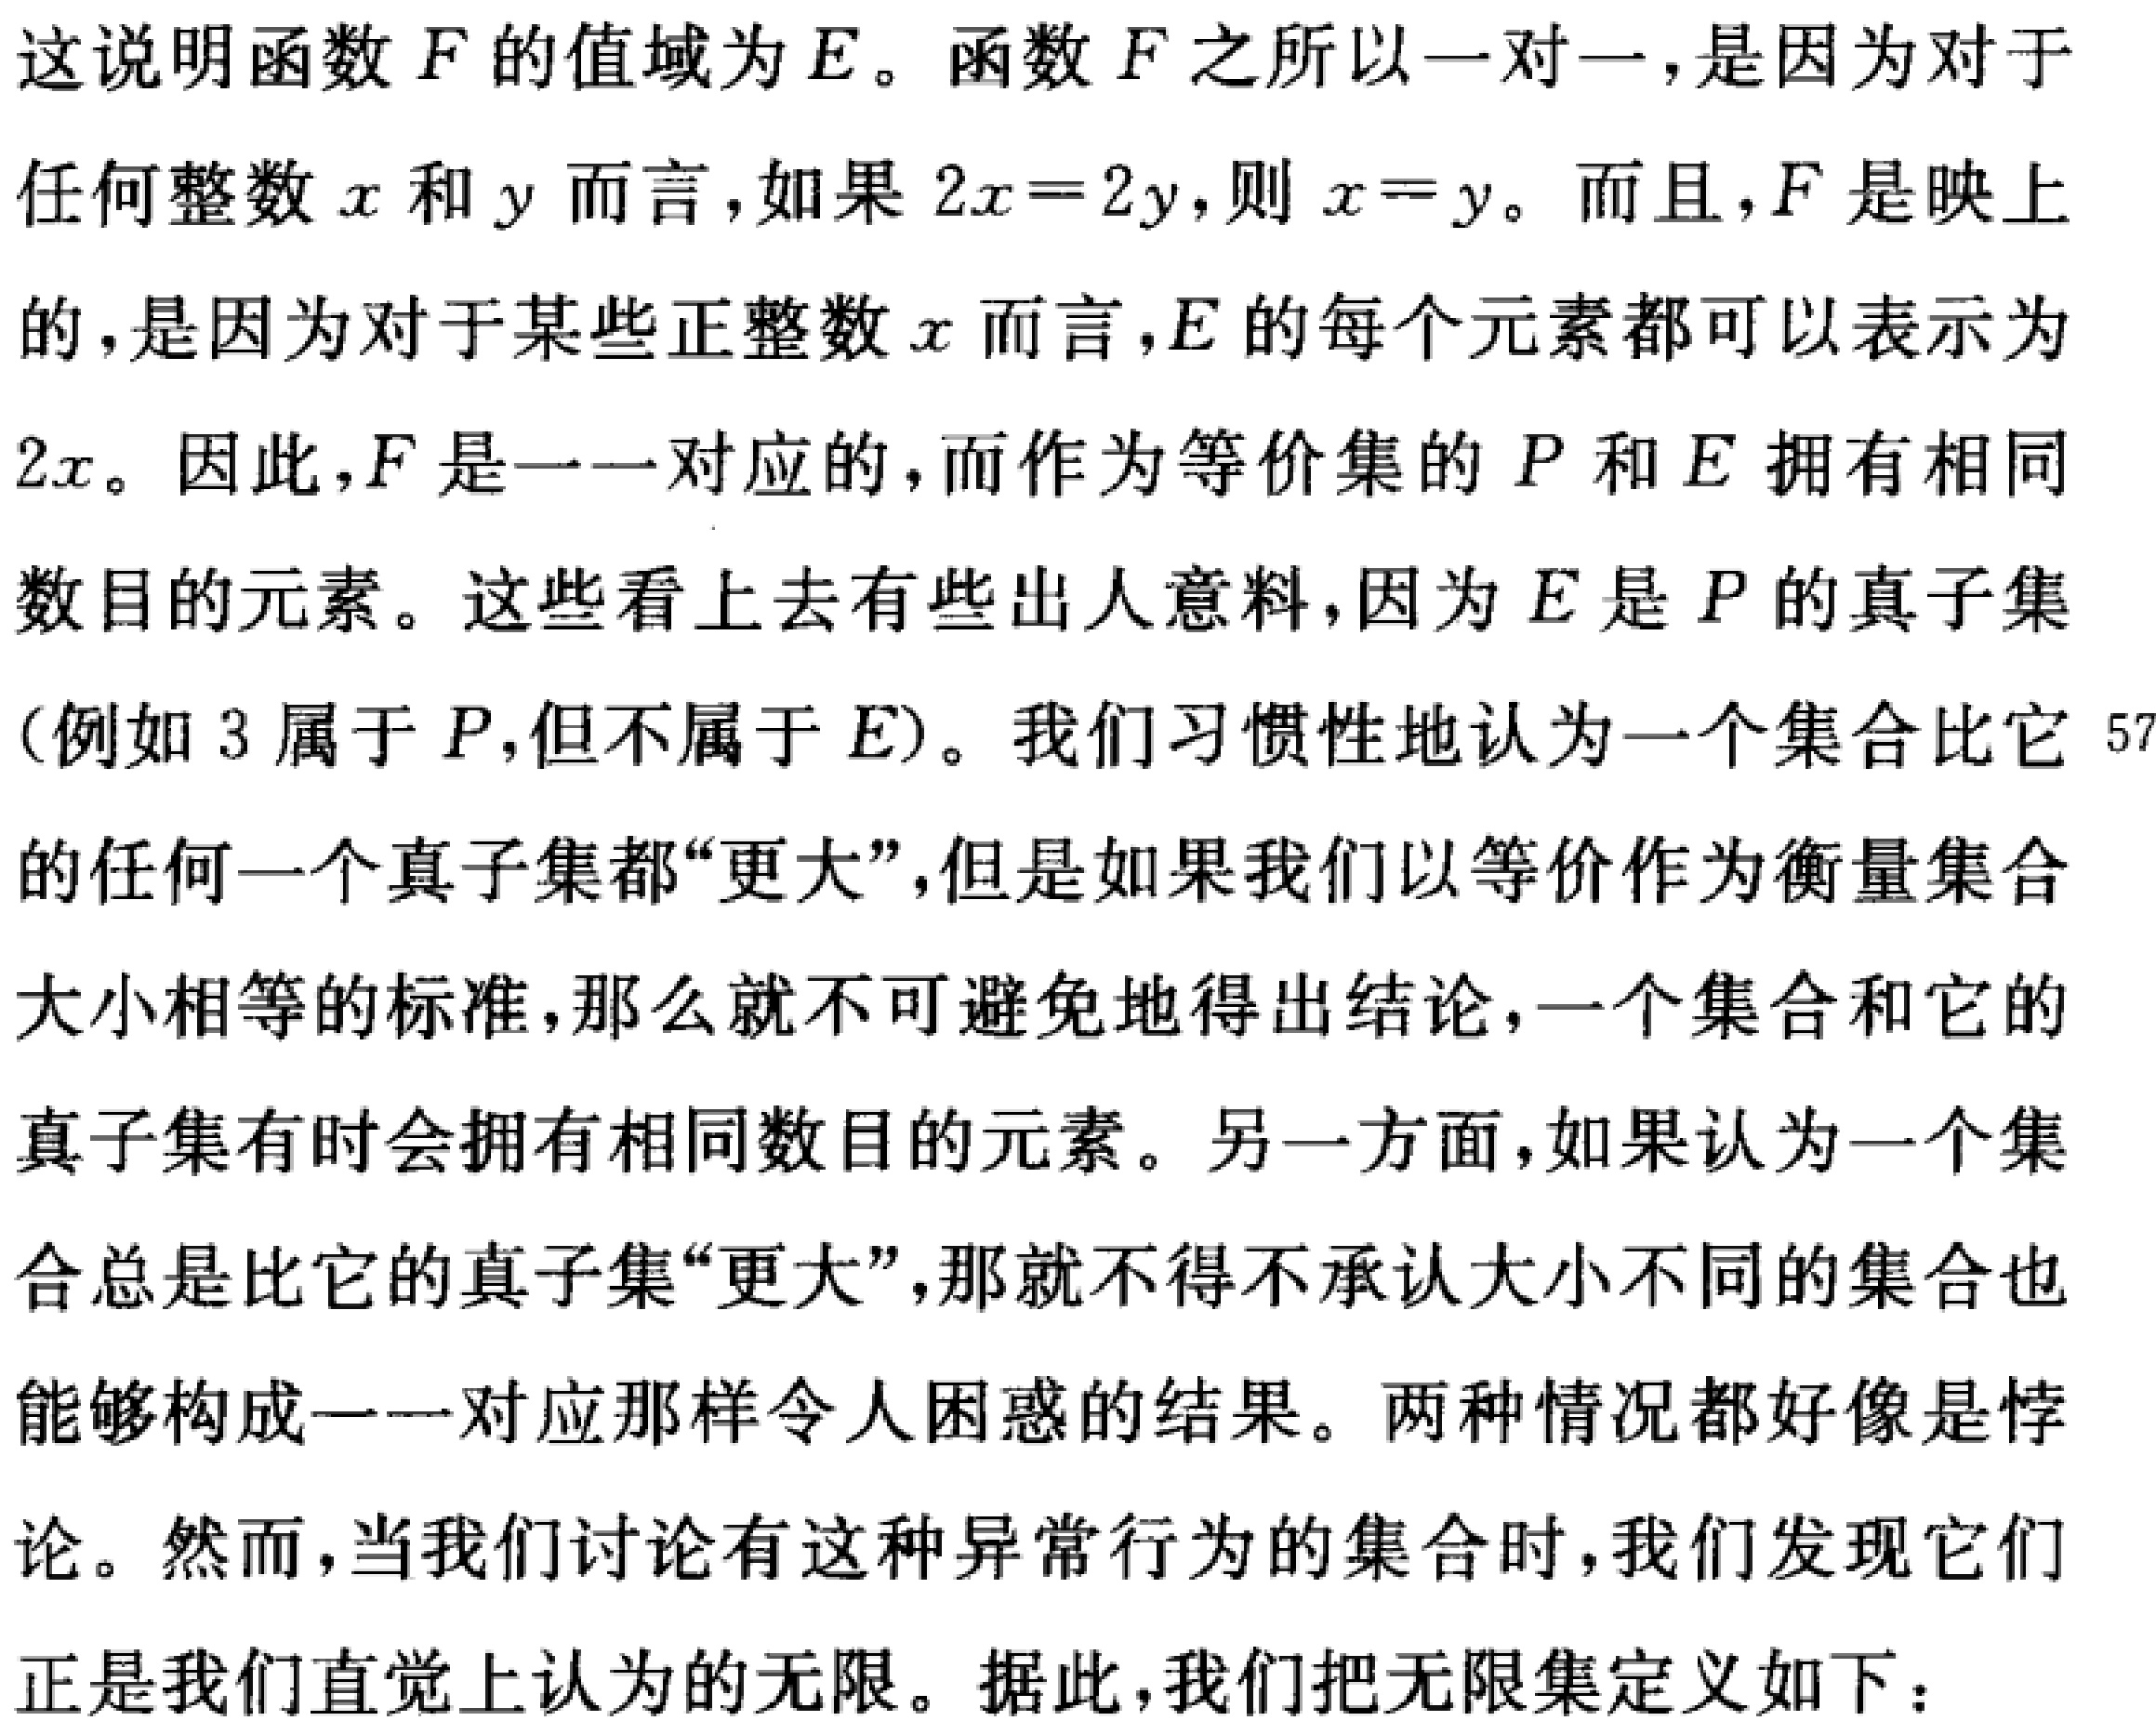
这说明函数\(F\)的值域为\(E\)。函数\(F\)之所以一对一，是因为对于任何整数\(x\)和\(y\)而言，如果\(2x = 2y\)，则\(x = y\)。而且，\(F\)是映上的，是因为对于某些正整数\(x\)而言，\(E\)的每个元素都可以表示为\(2x\)。因此，\(F\)是一一对应的，而作为等价集的\(P\)和\(E\)拥有相同数目的元素。这些看上去有些出人意料，因为\(E\)是\(P\)的真子集（例如\(3\)属于\(P\)，但不属于\(E\)）。我们习惯性地认为一个集合比它的任何一个真子集都“更大”，但是如果我们以等价作为衡量集合大小相等的标准，那么就不可避免地得出结论，一个集合和它的真子集有时会拥有相同数目的元素。另一方面，如果认为一个集合总是比它的真子集“更大”，那就不得不承认大小不同的集合也能够构成一一对应那样令人困惑的结果。两种情况都好像是悖论。然而，当我们讨论有这种异常行为的集合时，我们发现它们正是我们直觉上认为的无限。据此，我们把无限集定义如下：